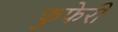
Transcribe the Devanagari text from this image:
फुफेरी